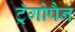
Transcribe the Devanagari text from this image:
ट्रॅगोपैन